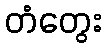
တံတွေး